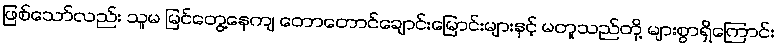
ဖြစ်သော်လည်း သူမ မြင်တွေ့နေကျ တောတောင်ချောင်းမြောင်းများနှင့် မတူသည်တို့ များစွာရှိကြောင်း